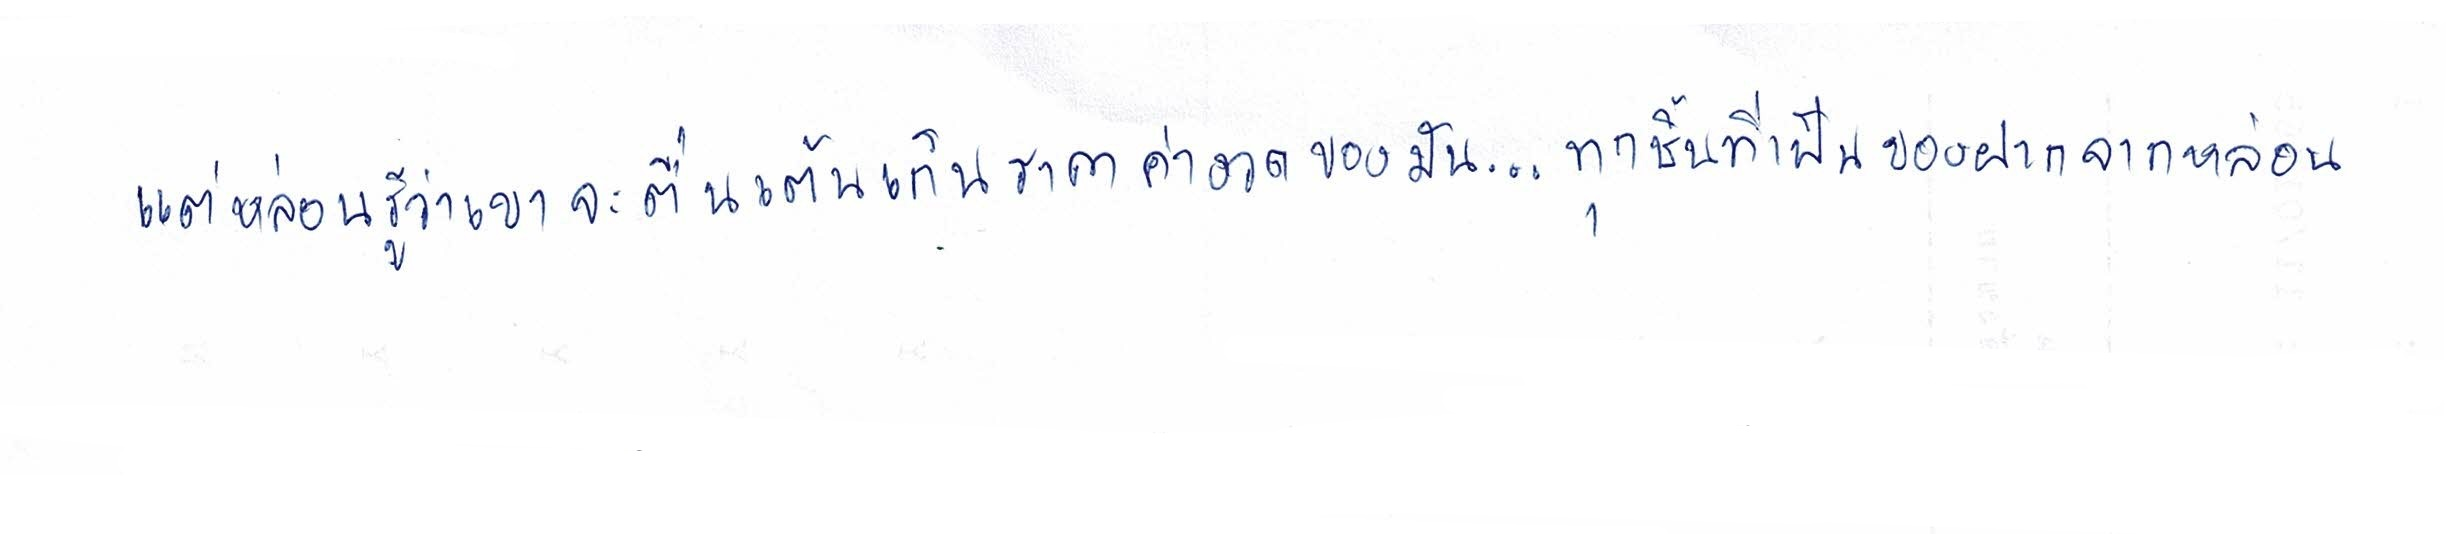
แต่หล่อนรู้ว่าเขาจะตื่นเต้นเกินราคาค่างวดของมัน...ทุกชิ้นที่เป็นของฝากจากหล่อน